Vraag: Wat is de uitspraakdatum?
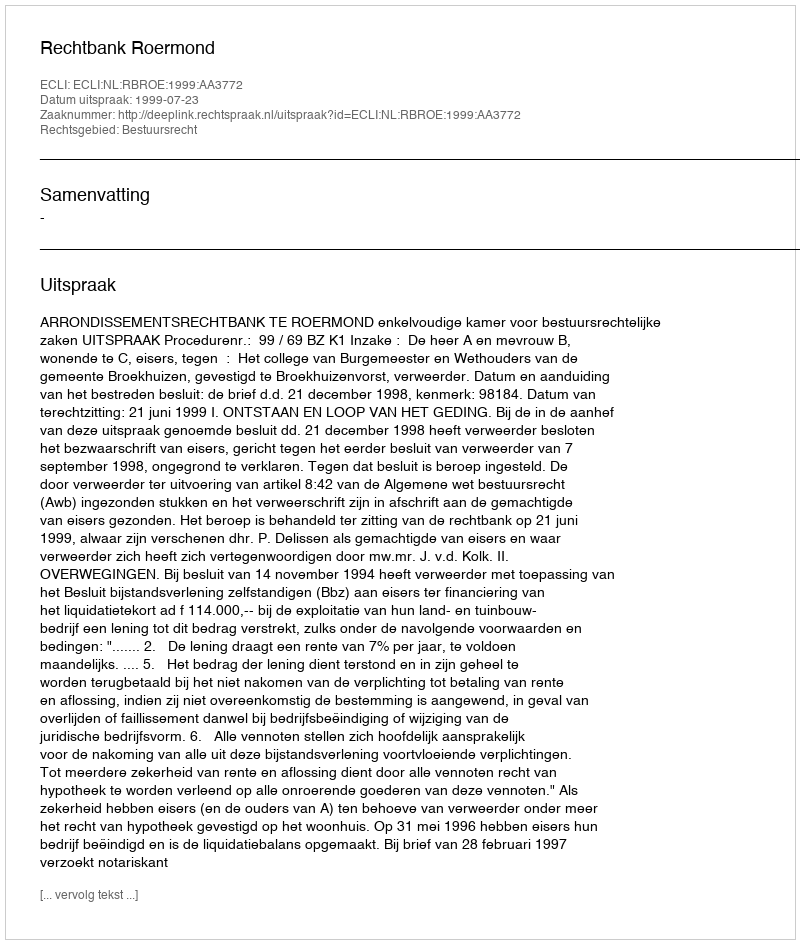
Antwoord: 1999-07-23